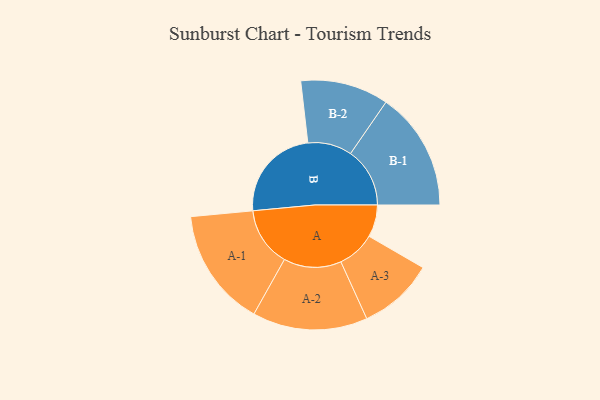
{"axis": {"x": "Segment", "y": "Value"}, "legend": ["", "A", "B"], "data": [{"x": "A", "y": 146, "type": ""}, {"x": "B", "y": 431, "type": ""}, {"x": "A-1", "y": 269, "type": "A"}, {"x": "A-2", "y": 261, "type": "A"}, {"x": "A-3", "y": 172, "type": "A"}, {"x": "B-1", "y": 269, "type": "B"}, {"x": "B-2", "y": 200, "type": "B"}]}